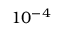
1 0 ^ { - 4 } \